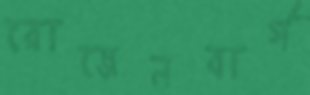
রোজেনবার্গ